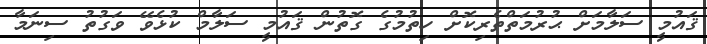
ޤައުމީ ސަލާމަށް ޙުރުމަތްތެރިކޮށް ހިތުމުގެ ގޮތުން ޤައުމީ ސަލާމް ކުޅެވޭ ވަގުތު ސިނަމާ